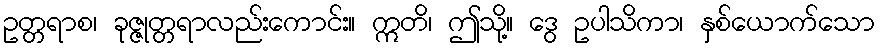
ဥတ္တရာစ၊ ခုဇ္ဇုတ္တရာလည်းကောင်း။ ဣတိ၊ ဤသို့။ ဒွေ ဥပါသိကာ၊ နှစ်ယောက်သော